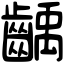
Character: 齲